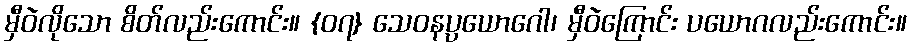
မှီဝဲလိုသော စိတ်လည်းကောင်း။ {၀၇} သေဝနပ္ပယောဂေါ၊ မှီဝဲကြောင်း ပယောဂလည်းကောင်း။